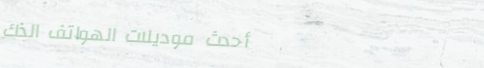
أحدث موديلات الهواتف الذك